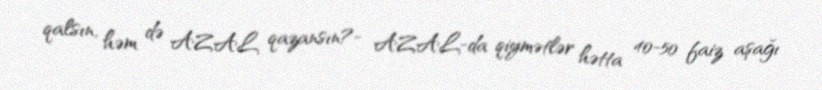
qalsın, həm də AZAL qazansın?- AZAL-da qiymətlər hətta 40-50 faiz aşağı